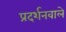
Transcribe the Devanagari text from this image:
प्रदर्शनवाले